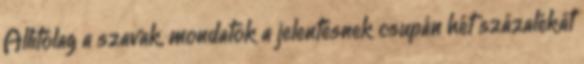
Állítólag a szavak, mondatok a jelentésnek csupán hét százalékát